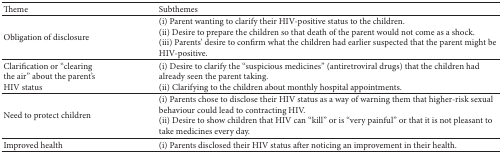
<table><thead><tr><td><b>Theme</b></td><td><b>Subthemes</b></td></tr></thead><tbody><tr><td>Obligation of disclosure</td><td>(i) Parent wanting to clarify their HIV-positive status to the children.(ii) Desire to prepare the children so that death of the parent would not come as a shock.(iii) Parents&#x27; desire to confirm what the children had earlier suspected that the parent might be HIV-positive.</td></tr><tr><td>Clarification or “clearing the air” about the parent&#x27;s HIV status</td><td>(i) Desire to clarify the “suspicious medicines” (antiretroviral drugs) that the children had already seen the parent taking.(ii) Clarifying to the children about monthly hospital appointments.</td></tr><tr><td>Need to protect children</td><td>(i) Parents chose to disclose their HIV status as a way of warning them that higher-risk sexual behaviour could lead to contracting HIV.(ii) Desire to show children that HIV can “kill” or is “very painful” or that it is not pleasant to take medicines every day.</td></tr><tr><td>Improved health</td><td>(i) Parents disclosed their HIV status after noticing an improvement in their health.</td></tr></tbody></table>